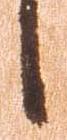
候